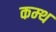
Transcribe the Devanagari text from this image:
कम्थ